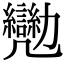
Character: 𠣈